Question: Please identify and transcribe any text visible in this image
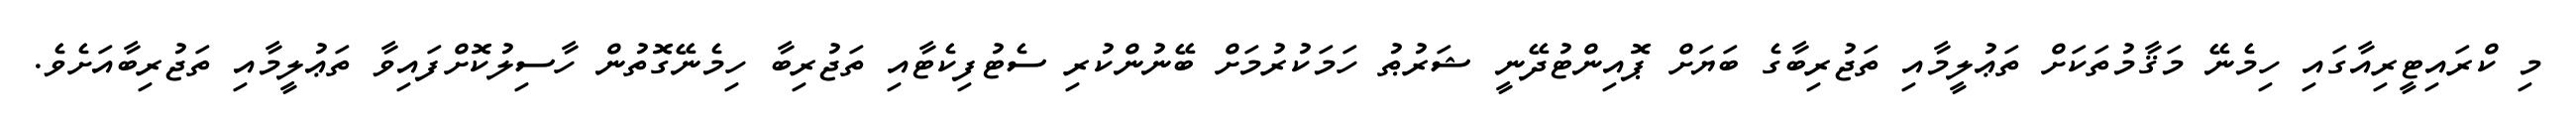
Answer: މި ކްރައިޓީރިއާގައި ހިމެނޭ މަޤާމުތަކަށް ތަޢުލީމާއި ތަޖުރިބާގެ ބަޔަށް ޕޮއިންޓުދޭނީ ޝަރުޠު ހަމަކުރުމަށް ބޭނުންކުރި ސެޓުފިކެޓާއި ތަޖުރިބާ ހިމެނޭގޮތުން ހާސިލުކޮށްފައިވާ ތަޢުލީމާއި ތަޖުރިބާއަށެވެ.